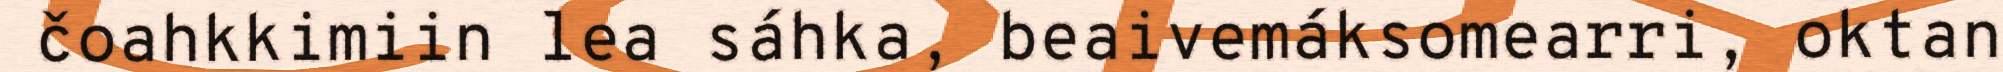
čoahkkimiin lea sáhka, beaivemáksomearri, oktan